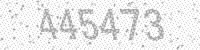
Solution: 445473